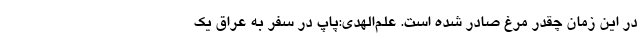
در این زمان چقدر مرغ صادر شده است. علم‌الهدی:پاپ در سفر به عراق یک‌